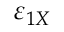
\varepsilon _ { 1 X }